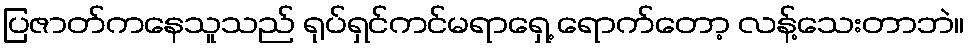
ပြဇာတ်ကနေသူသည် ရုပ်ရှင်ကင်မရာရှေ့ ရောက်တော့ လန့်သေးတာဘဲ။